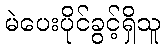
မဲပေးပိုင်ခွင့်ရှိသူ